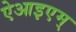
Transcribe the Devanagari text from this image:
ऐआइएम्